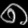
Digit: ၈